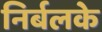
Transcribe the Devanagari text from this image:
निर्बलके